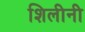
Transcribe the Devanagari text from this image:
शिलीनी